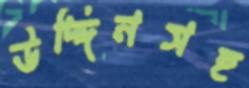
উদ্দিনসহ